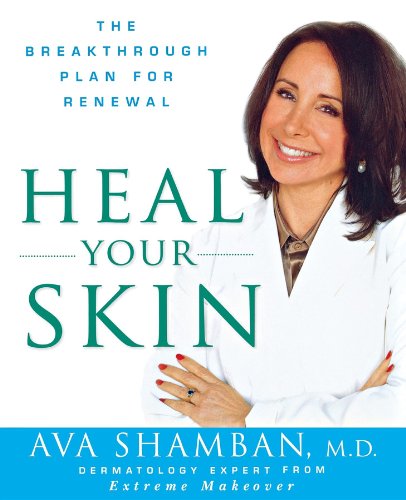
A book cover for Heal Your Skin: The Breakthrough Plan for Renewal; Ava Shamban; Health, Fitness & Dieting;